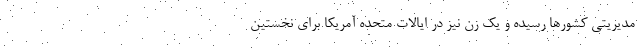
مدیریتی کشورها رسیده و یک زن نیز در ایالات متحده آمریکا برای نخستین